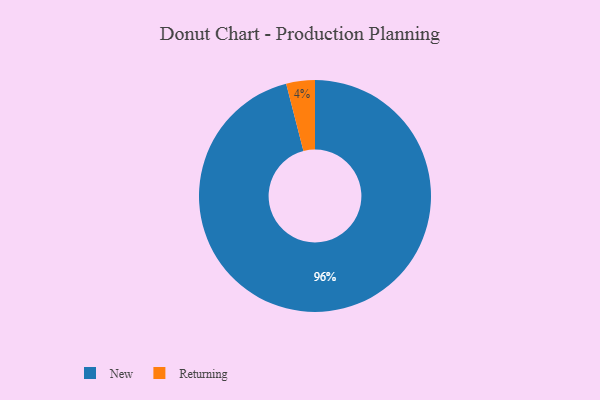
{"axis": {"x": "Category", "y": "Percentage"}, "legend": ["New", "Returning"], "data": [{"x": "New", "y": 96, "type": "New"}, {"x": "Returning", "y": 4, "type": "Returning"}]}